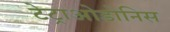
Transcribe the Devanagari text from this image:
टेट्राओडोनिस